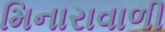
મિનારાવાળી